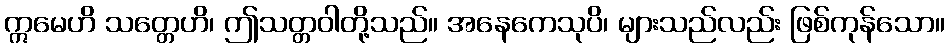
ဣမေဟိ သတ္တေဟိ၊ ဤသတ္တဝါတို့သည်။ အနေကေသုပိ၊ များသည်လည်း ဖြစ်ကုန်သော။